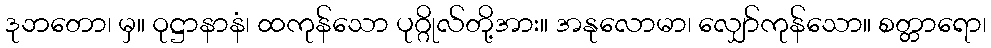
ဒုဘတော၊ မှ။ ဝုဋ္ဌာနာနံ၊ ထကုန်သော ပုဂ္ဂိုလ်တို့အား။ အနုလောမာ၊ လျှော်ကုန်သော။ စတ္တာရော၊